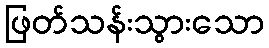
ဖြတ်သန်းသွားသော